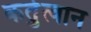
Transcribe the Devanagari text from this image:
कर्तुत्वान